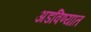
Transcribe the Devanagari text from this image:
अडविण्यात